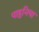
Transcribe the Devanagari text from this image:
पाहुनिया